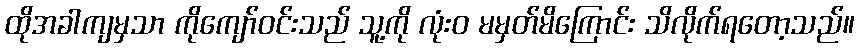
ထိုအခါကျမှသာ ကိုကျော်ဝင်းသည် သူ့ကို လုံးဝ မမှတ်မိကြောင်း သိလိုက်ရတော့သည်။